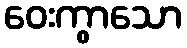
ဝေးကွာသော